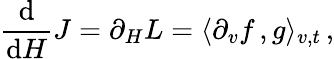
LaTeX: \frac{\mathrm{d}}{\mathrm{d}H}J={\partial_{H}}L=\langle\partial_{v}f\, ,g\rangle_{v,t}\, ,